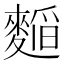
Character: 𮭾